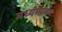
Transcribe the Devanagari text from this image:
मध्यमागम